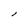
Character: l